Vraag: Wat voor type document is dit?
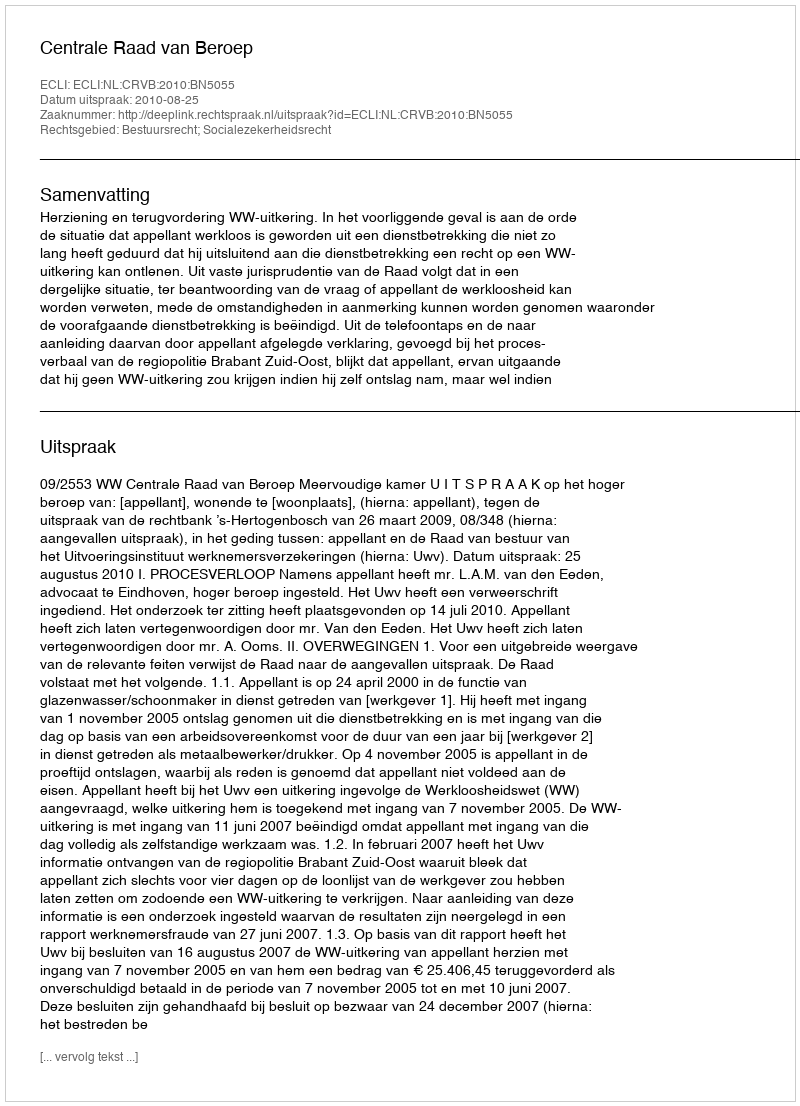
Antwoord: Uitspraak